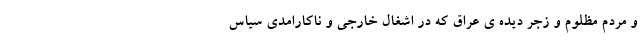
و مردم مظلوم و زجر دیده ی عراق که در اشغال خارجی و ناکارامدی سیاس